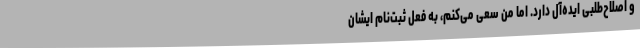
و اصلاح‌طلبیِ ایده‌آل دارد. اما من سعی می‌کنم، به فعل ثبت‌نام ایشان